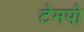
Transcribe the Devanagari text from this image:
टेमपो